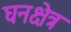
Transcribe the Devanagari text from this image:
घनक्षेत्र